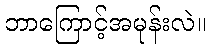
ဘာကြောင့်အမုန်းလဲ။